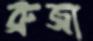
ব্রুজা